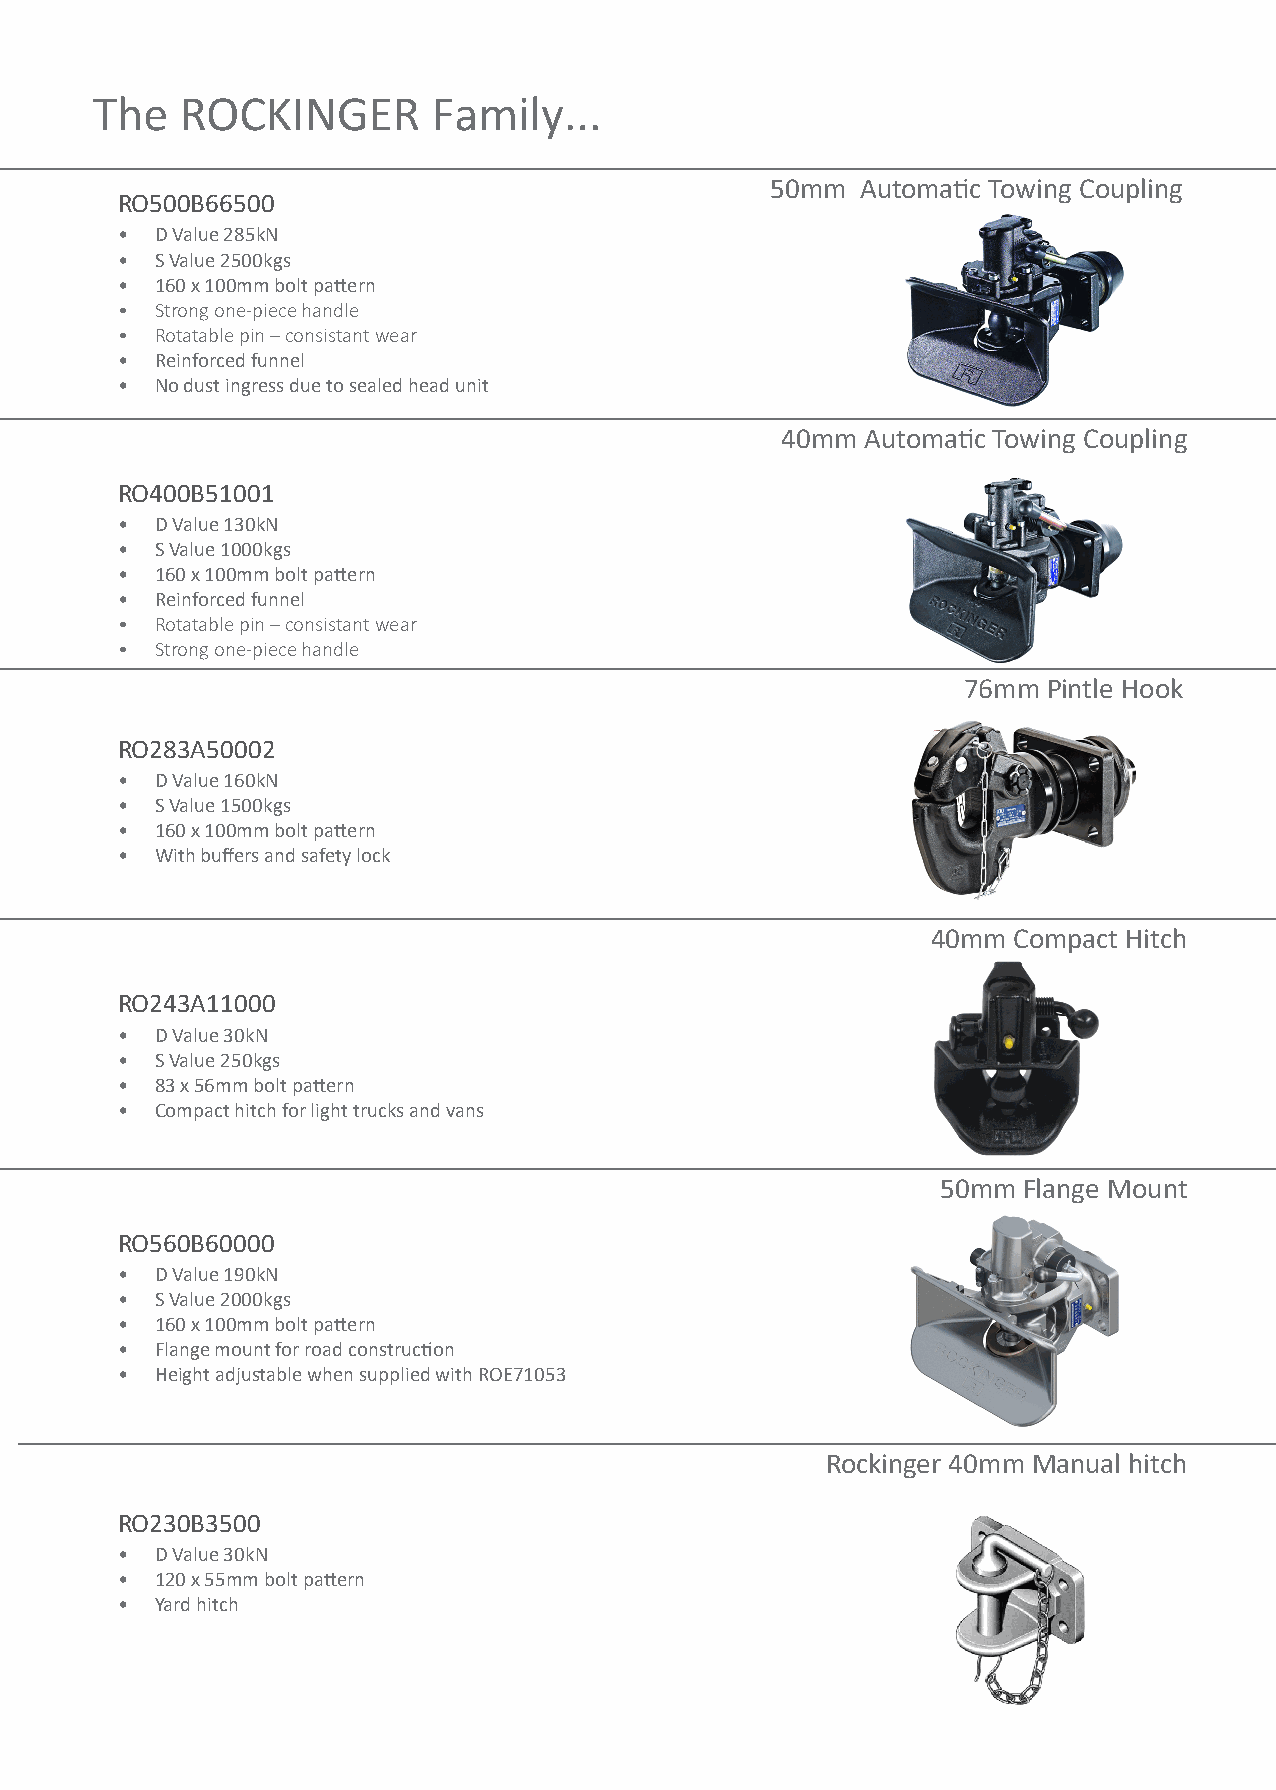
The   ROCKINGER        Family...
 50mm  Automatic Towing Coupling
 RO500B66500
 • D Value 285kN
 • S Value 2500kgs
 • 160 x 100mm bolt pattern
 • Strong one-piece handle
 • Rotatable pin – consistant wear
 • Reinforced funnel
 • No dust ingress due to sealed head unit
 40mm Automatic Towing Coupling
 RO400B51001
 • D Value 130kN
 • S Value 1000kgs
 • 160 x 100mm bolt pattern
 • Reinforced funnel
 • Rotatable pin – consistant wear
 • Strong one-piece handle
 76mm Pintle Hook
 RO283A50002
 • D Value 160kN
 • S Value 1500kgs
 • 160 x 100mm bolt pattern
 • With buffers and safety lock
 40mm Compact Hitch
 RO243A11000
 • D Value 30kN
 • S Value 250kgs
 • 83 x 56mm bolt pattern
 • Compact hitch for light trucks and vans
 50mm  Flange Mount
 RO560B60000
 • D Value 190kN
 • S Value 2000kgs
 • 160 x 100mm bolt pattern
 • Flange mount for road construction
 • Height adjustable when supplied with ROE71053
 Rockinger 40mm Manual hitch
 RO230B3500
 • D Value 30kN
 • 120 x 55mm bolt pattern
 • Yard hitch